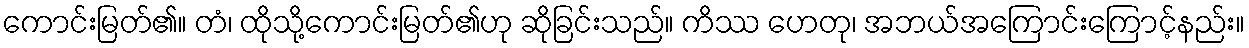
ကောင်းမြတ်၏။ တံ၊ ထိုသို့ကောင်းမြတ်၏ဟု ဆိုခြင်းသည်။ ကိဿ ဟေတု၊ အဘယ်အကြောင်းကြောင့်နည်း။